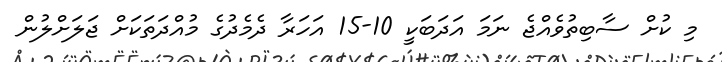
މި ކުށް ސާބިތުވެއްޖެ ނަމަ އަދަބަކީ 10-15 އަހަރާ ދެމެދުގެ މުއްދަތަކަށް ޖަލަށްލުން